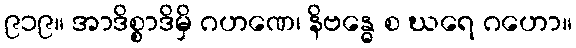
၉၁၉။ အာဒိစ္စာဒိမှိ ဂဟဏေ၊ နိဗန္ဓေ စ ဃရေ ဂဟော။